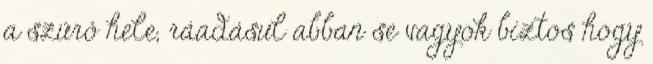
a szűrő hele, ráadásul abban se vagyok biztos hogy